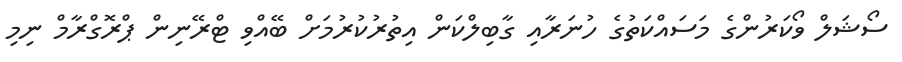
ސޯޝަލް ވޯކަރުންގެ މަސައްކަތުގެ ހުނަރާއި ގާބިލްކަން އިތުރުކުރުމަށް ބޭއްވި ޓްރޭނިން ޕްރޮގްރާމް ނިމި